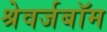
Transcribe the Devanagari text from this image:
श्रेवर्जबॉम